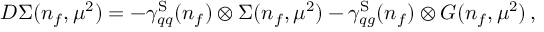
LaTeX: D \Sigma ( n _ { f } , \mu ^ { 2 } ) = - \gamma _ { q q } ^ { \mathrm { S } } ( n _ { f } ) \otimes \Sigma ( n _ { f } , \mu ^ { 2 } ) - \gamma _ { q g } ^ { \mathrm { S } } ( n _ { f } ) \otimes G ( n _ { f } , \mu ^ { 2 } ) \, ,